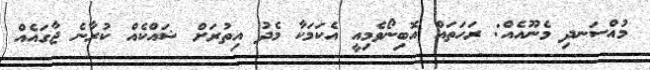
މުއްސަނދި މެނޫއެއް: ރަހަތައް އޮބިނޯވެމިއީ އެކަމަކާ މެދު އިތުރަށް ޝައްކެއް ކުރާނެ ޖާގައެއް